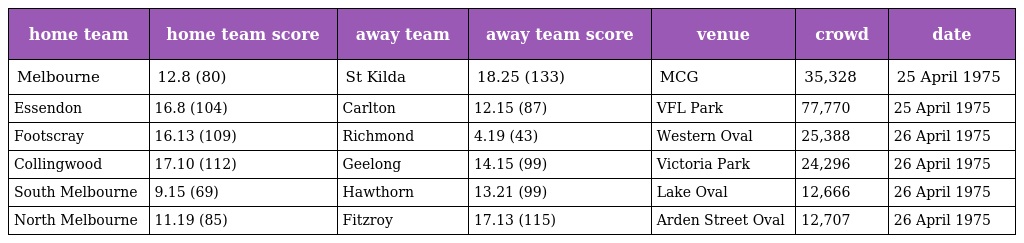
| home team | home team score | away team | away team score | venue | crowd | date |
 | --- | --- | --- | --- | --- | --- | --- |
 | Melbourne | 12.8 (80) | St Kilda | 18.25 (133) | MCG | 35,328 | 25 April 1975 |
 | Essendon | 16.8 (104) | Carlton | 12.15 (87) | VFL Park | 77,770 | 25 April 1975 |
 | Footscray | 16.13 (109) | Richmond | 4.19 (43) | Western Oval | 25,388 | 26 April 1975 |
 | Collingwood | 17.10 (112) | Geelong | 14.15 (99) | Victoria Park | 24,296 | 26 April 1975 |
 | South Melbourne | 9.15 (69) | Hawthorn | 13.21 (99) | Lake Oval | 12,666 | 26 April 1975 |
 | North Melbourne | 11.19 (85) | Fitzroy | 17.13 (115) | Arden Street Oval | 12,707 | 26 April 1975 |